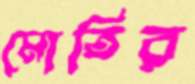
মোতির